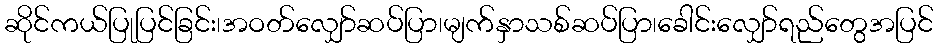
ဆိုင်ကယ်ပြုပြင်ခြင်း၊အဝတ်လျှော်ဆပ်ပြာ၊မျက်နှာသစ်ဆပ်ပြာ၊ခေါင်းလျှော်ရည်တွေအပြင်